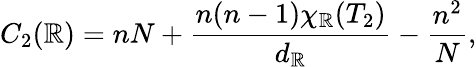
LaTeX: C_{2}(\mathbb{R})=nN+\frac{{n(n-1)\chi_{\mathbb{R}}(T_{2})}}{{d_{\mathbb{R}}}}-\frac{{n^{2}}}{{N}},